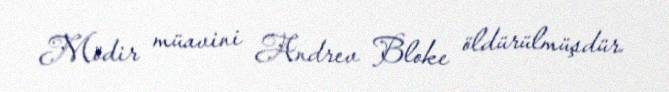
Mödir müavini Andrev Bloke öldürülmüşdür.